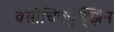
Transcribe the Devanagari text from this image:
क्सोचिक्युंट्झिन